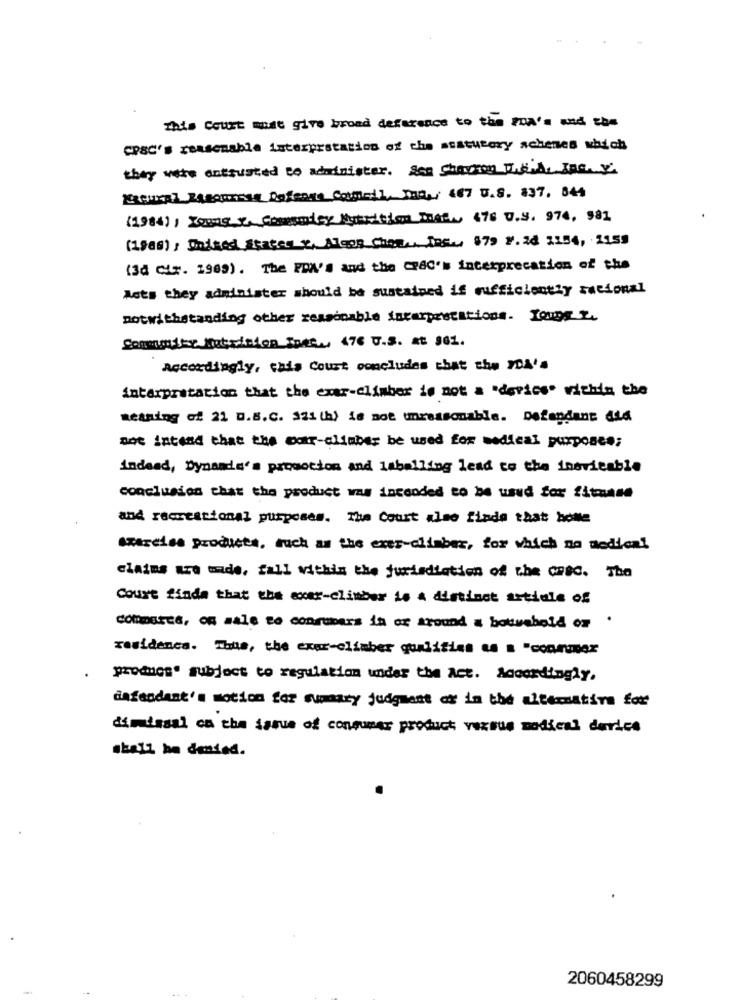
This Court must give broad deference to the PDA's and the
CPSC's reasonable interpretation of the statutory schemes which
they were entrusted to administer. See Chevron D.C.A. InG. Y.
ERQUEEL ZABopisEN Defensa Commeil, Inc ., 467 U.S. 837. 844
(1984), Towns_T. Comesaicy Nutrition Most, 476 0.9. 974, 981
(1988) , Undred States X, Algos Chose, Tos, $79 2.28 2154, 2155
(3d CLF. 1969). The PON's and the CPSC' interprecation of the
Mots they administer should be sustained if sufficiently racional
notwithstanding other reasonable interpretations. Loups z.
Community Nutricion Tode, 476 U.S. at 961.
Accordingly, this Court concludes that the DA's
interpretation that the exar-climber is not a 'device" within the
meaning of 21 u.S.C. 321 (h) is not umreasonable. Defendant did
sot intend that the car-climber be used for medical purposee;
indead, Dynande's promotion and labelling lead to the inevitable
conclusion that the product was intended to be used for fitmane
and recreational purposes. The Court also finde that hotle
ABareiss products, such as the exer-climber, for which no medical
clains are made, fall within the jurisdiation of the CPSC. The
Court finda that the exer-climber is a distinct artiale of
commeres, of sale to consumers in or around a household or .
residence. Thus, the exer-climber qualities as a "conrumer
producs' subject to regulation under the Act. Accordingly,
dafandant's motion for summary judgment of in the alternative for
dimissal on the issue of consumer product vezmus medical device
shall be denied.
2060458299